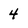
Character: 4